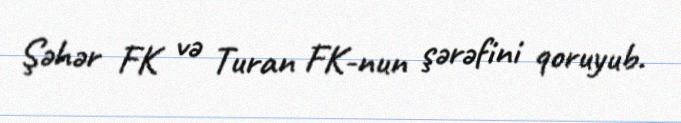
Şəhər FK və Turan FK-nun şərəfini qoruyub.